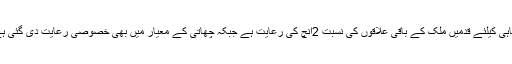
سپاہی کیلئے قدمیں ملک کے باقی علاقوں کی نسبت 2انچ کی رعایت ہے جبکہ چھاتی کے معیار میں بھی خصوصی رعایت دی گئی ہے۔